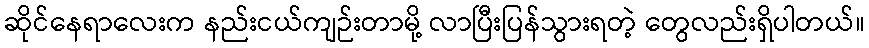
ဆိုင်နေရာလေးက နည်းငယ်ကျဉ်းတာမို့ လာပြီးပြန်သွားရတဲ့ တွေလည်းရှိပါတယ်။